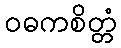
ဝဓကစိတ္တံ